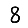
Digit: 8